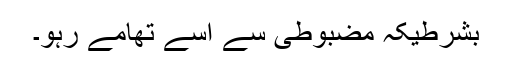
بشرطیکہ مضبوطی سے اسے تھامے رہو۔